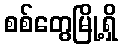
စစ်တွေမြို့ရှိ